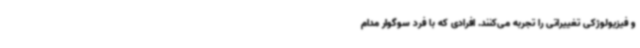
و فیزیولوژکی تغییراتی را تجربه می‌کنند. افرادی که با فرد سوگوار مدام